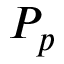
P _ { p }